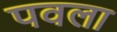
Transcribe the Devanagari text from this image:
पवला